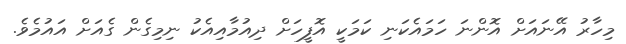
މިހާރު އޭނައަށް އޮންނަ ހަމައެކަނި ކަމަކީ އޮފީހަށް ދިއުމާއިއެކު ނިމިގެން ގެއަށް އައުމެވެ.